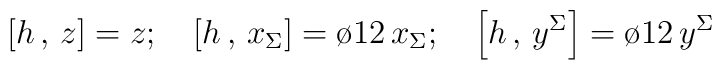
\left [ h \, , \, z \right ]= z ;\quad\left [ h \, , \, x_\Sigma \right ] = {\o{1}{2}}\,  x_\Sigma ;\quad\left [ h \, , \, y^\Sigma \right ] = {\o{1}{2}}\,  y^\Sigma